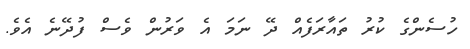
ހުސެންގެ ކުރު ތައާރަފެއް ދޭ ނަމަ އެ ވަރުން ވެސް ފުދޭނެ އެވެ.